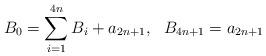
LaTeX: \begin{align*}B_0 = \sum_{i=1}^{4n} B_i + a_{2n+1}, \ \ B_{4n+1} = a_{2n+1}\end{align*}